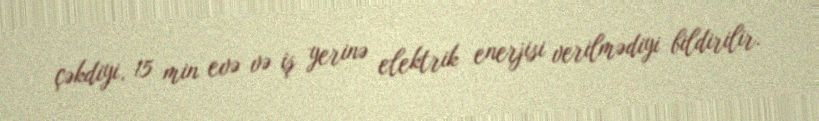
çəkdiyi, 15 min evə və iş yerinə elektrik enerjisi verilmədiyi bildirilir.